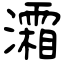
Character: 灀